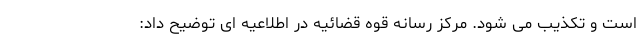
است و تکذیب می شود. مرکز رسانه قوه قضائیه در اطلاعیه ای توضیح داد: